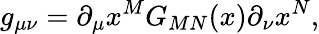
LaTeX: g_{\mu\nu}=\partial_{\mu}x^{M}G_{MN}(x)\partial_{\nu}x^{N},